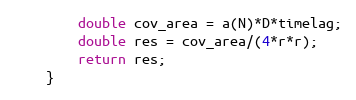
Language: Java
		double cov_area = a(N)*D*timelag;
		double res = cov_area/(4*r*r);
		return res;
	}